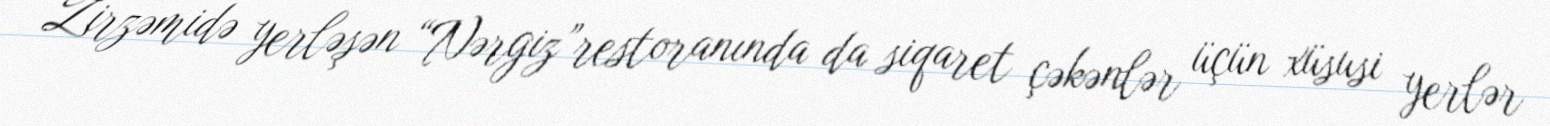
Zirzəmidə yerləşən “Nərgiz”restoranında da siqaret çəkənlər üçün xüsusi yerlər